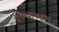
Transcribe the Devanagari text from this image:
तुमच्याबद्दल